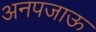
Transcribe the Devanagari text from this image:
अनपजाऊ